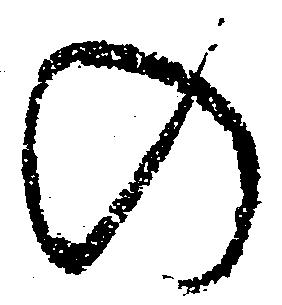
の